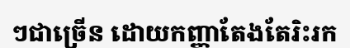
ៗជាច្រើន ដោយកញ្ញាតែងតែរិះរក